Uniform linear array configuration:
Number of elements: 8
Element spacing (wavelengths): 0.75
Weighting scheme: kaiser
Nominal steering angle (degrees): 0
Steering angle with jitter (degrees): -1.308
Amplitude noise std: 0.05
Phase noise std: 0.05

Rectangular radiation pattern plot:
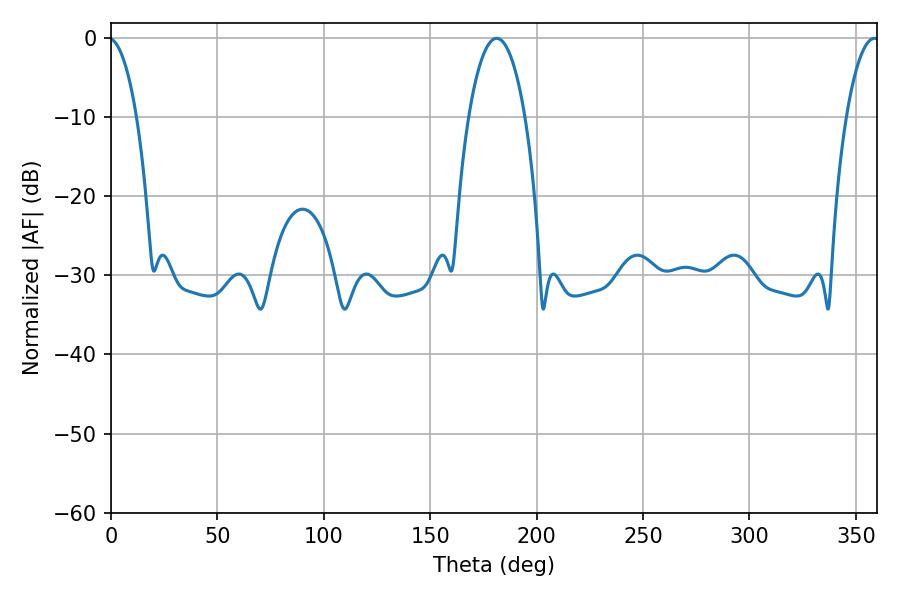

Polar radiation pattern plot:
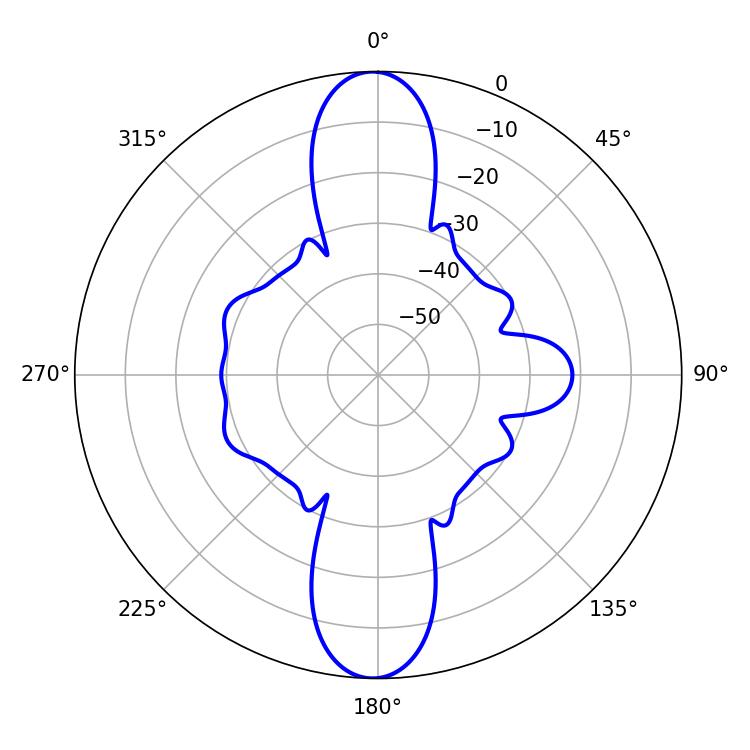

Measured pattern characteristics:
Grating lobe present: TRUE
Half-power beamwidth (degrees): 14.76
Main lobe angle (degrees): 181.26